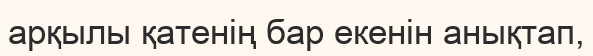
арқылы қатенің бар екенін анықтап,